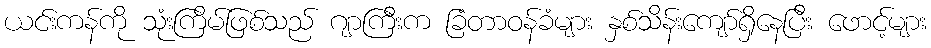
ယင်းကန်ကို သုံးကြိမ်ဖြစ်သည် ဂျာကြီးက ခြံတာဝန်ခံများ နှစ်သိန်းကျော်ရှိနေပြီး ဖောင့်များ